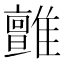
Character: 𩁉